Rangoon Lunatic Asylum 1878-1892 - 1878-1892
Year: 1878
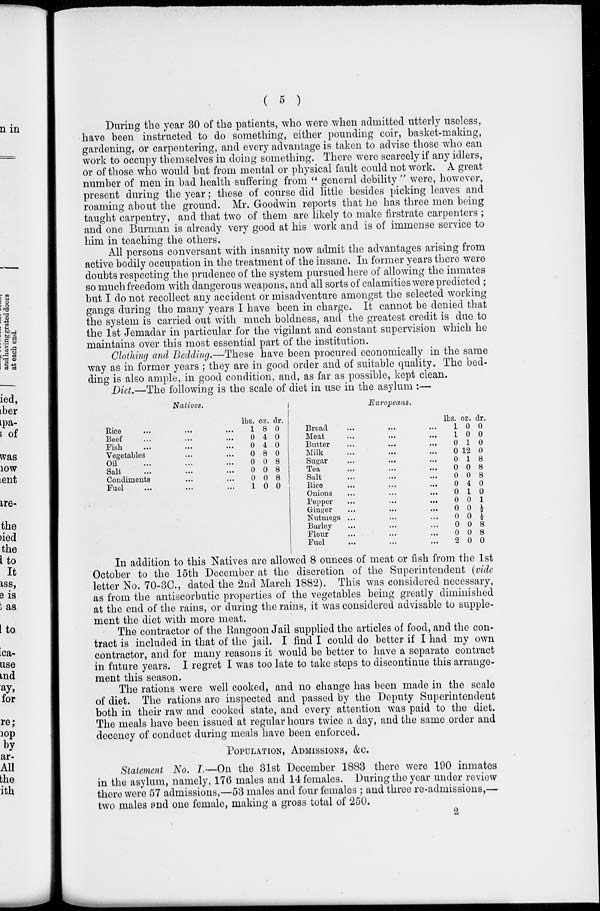
( 5 )
During the year 30 of the patients, who were when admitted utterly useless,
have been instructed to do something, either pounding coir, basket-making,
gardening, or carpentering, and every advantage is taken to advise those who can
work to occupy themselves in doing something. There were scarcely if any idlers,
or of those who would but from mental or physical fault could not work. A great
number of men in bad health suffering from " general debility " were, however,
present during the year; these of course did little besides picking leaves and
roaming about the ground. Mr. Goodwin reports that he has three men being
taught carpentry, and that two of them are likely to make firstrate carpenters ;
and one Burman is already very good at his work and is of immense service to
him in teaching the others.
All persons conversant with insanity now admit the advantages arising from
active bodily occupation in the treatment of the insane. In former years there were
doubts respecting the prudence of the system pursued here of allowing the inmates
so much freedom with dangerous weapons, and all sorts of calamities were predicted;
but I do not recollect any accident or misadventure amongst the selected working
gangs during the many years I have been in charge. It cannot be denied that
the system is carried out with much boldness, and the greatest credit is due to
the 1st Jemadar in particular for the vigilant and constant supervision which he
maintains over this most essential part of the institution.
Clothing and Bedding.—These have been procured economically in the same
way as in former years ; they are in good order and of suitable quality. The bed-
ding is also ample, in good condition, and, as far as possible, kept clean.
Diet.—The following is the scale of diet in use in the asylum :—
Natives.
Rice ... ... ...
Beef ... ... ...
Fish ... ... ...
Vegetables ... ...
Oil ... ... ...
Salt ... ... ...
Condiments ... ...
Fuel ... ... ...
lbs.
1
0
0
0
0
0
0
1
oz.
8
4
4
8
0
0
0
0
dr.
0
0
0
0
8
8
8
0
Europeans.
Bread ... ... ...
Meat ... ... ...
Butter ... ... ...
Milk ... ... ...
Sugar ... ... ...
Tea ... ... ...
Salt ... ... ...
Rice ... ... ...
Onions ... ... ...
Pepper ... ... ...
Ginger ... ... ...
Nutmegs ... ... ...
Barley ... ... ...
Flour ... ... ...
Fuel ... ... ...
lbs.
1
1
0
0
0
0
0
0
0
0
0
0
0
0
2
oz.
0
0
1
12
1
0
0
4
1
0
0
0
0
0
0
dr.
0
0
0
0
8
8
8
0
0
1
½
½
8
8
0
In addition to this Natives are allowed 8 ounces of meat or fish from the 1st
October to the 15th December at the discretion of the Superintendent (vide
letter No. 70-3C., dated the 2nd March 1882). This was considered necessary,
as from the antiscorbutic properties of the vegetables being greatly diminished
at the end of the rains, or during the rains, it was considered advisable to supple-
ment the diet with more meat.
The contractor of the Rangoon Jail supplied the articles of food, and the con-
tract is included in that of the jail. I find I could do better if I had my own
contractor, and for many reasons it would be better to have a separate contract
in future years. I regret I was too late to take steps to discontinue this arrange-
ment this season.
The rations were well cooked, and no change has been made in the scale
of diet. The rations are inspected and passed by the Deputy Superintendent
both in their raw and cooked state, and every attention was paid to the diet.
The meals have been issued at regular hours twice a day, and the same order and
decency of conduct during meals have been enforced.
POPULATION, ADMISSIONS, &c.
Statement No. I.—On the 31st December 1883 there were 190 inmates
in the asylum, namely, 176 males and 14 females. During the year under review
there were 57 admissions,—53 males and four females ; and three re-admissions,—
two males and one female, making a gross total of 250.
2